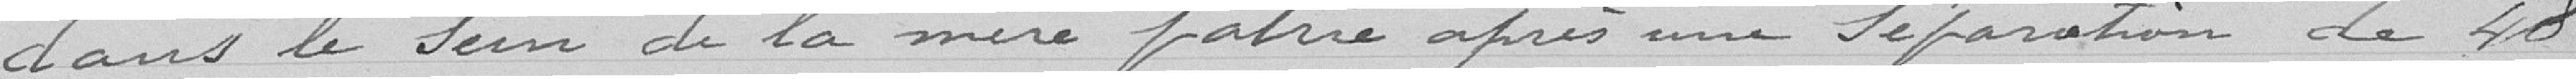
dans le sein de la mère patrie après une séparation de 48